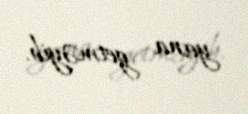
yana getməyib.